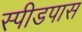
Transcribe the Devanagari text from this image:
स्पीडपास